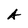
Character: A